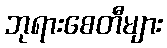
ဘုရားစေတီများ